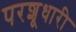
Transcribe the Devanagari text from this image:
परशूधारी